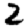
Digit: 2